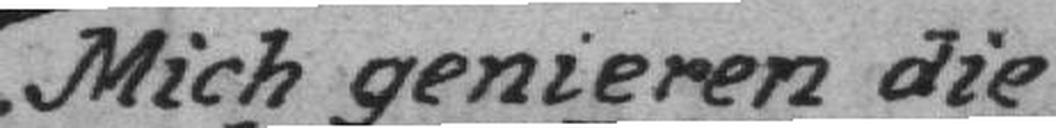
Mich genieren die